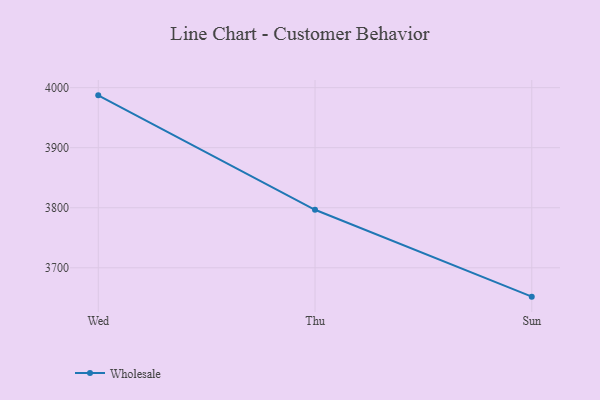
{"axis": {"x": "Day", "y": "Churn Rate (%)"}, "legend": ["Wholesale"], "data": [{"x": "Wed", "y": 3987.2, "type": "Wholesale"}, {"x": "Thu", "y": 3796.6, "type": "Wholesale"}, {"x": "Sun", "y": 3651.9, "type": "Wholesale"}]}